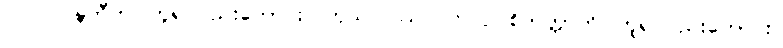
လ။ ပဝဍ္ဎတီတိ၊ ဟူ၍လည်းကောင်း။ ကုသလဿ၊ လ။ ဥပစိတတ္တာတိ၊ ဟူ၍လည်းကောင်း။